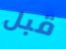
قبل